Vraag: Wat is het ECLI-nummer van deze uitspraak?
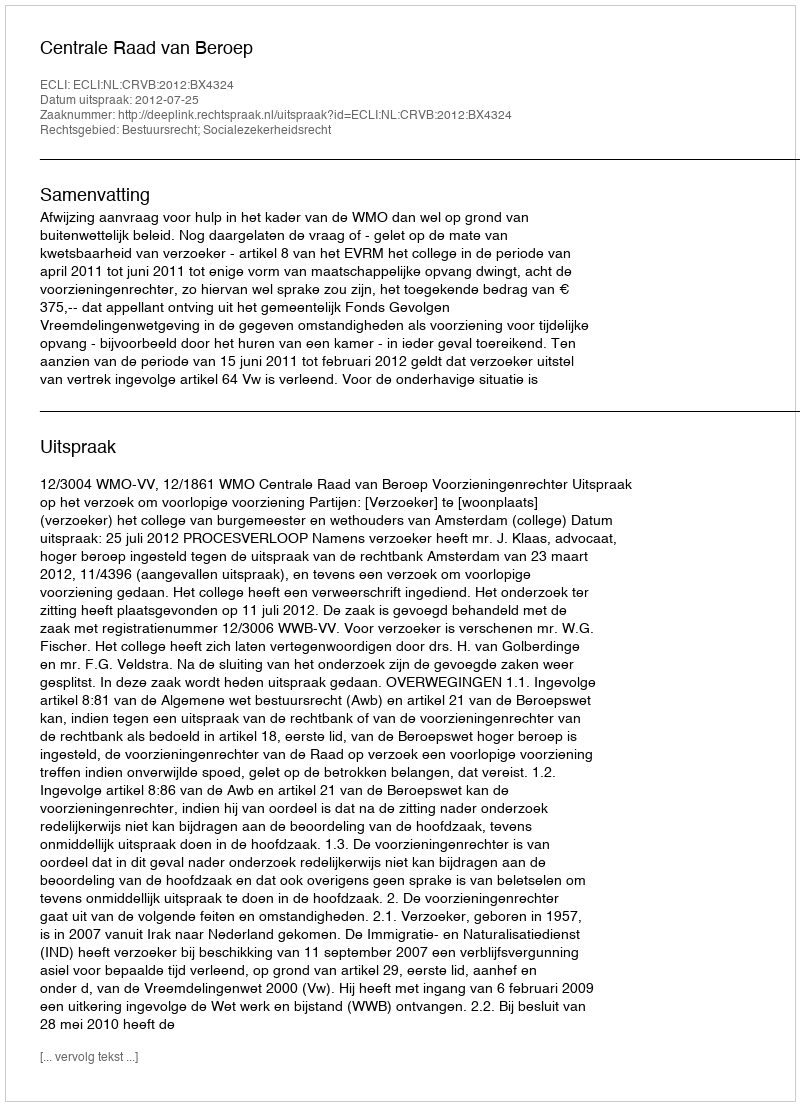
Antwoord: ECLI:NL:CRVB:2012:BX4324